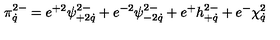
\pi _ { \dot { q } } ^ { 2 - } = e ^ { + 2 } \psi _ { + 2 \dot { q } } ^ { 2 - } + e ^ { - 2 } \psi _ { - 2 \dot { q } } ^ { 2 - } + e ^ { + } h _ { + \dot { q } } ^ { 2 - } + e ^ { - } \chi _ { \dot { q } } ^ { 2 }